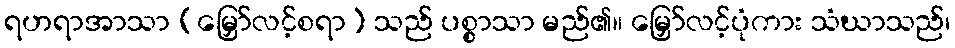
ရဟရာအာသာ (မြှော်လင့်စရာ) သည် ပစ္စာသာ မည်၏။ မြှော်လင့်ပုံကား သံဃာသည်၊